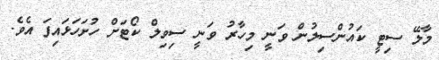
މާލޭ ސިޓީ ކައުންސިލުން ވަނީ މިހާރު ވަނީ ސިވިލް ކޯޓަށް ހުށަހަޅައިފަ އެވެ.